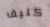
كليف